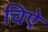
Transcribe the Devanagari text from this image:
चिऐ